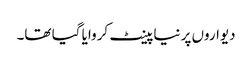
دیواروں پر نیا پینٹ کروایا گیا تھا۔